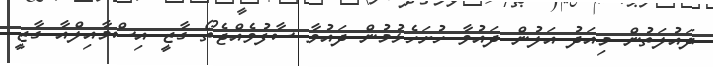
ދައުލަތުން މިއަދު އަލުން ދައުވާ ހުށަހެޅުމުން ދައުވާ ސާފުވެއްޖެތޯ ގާޒީ އިސްމާއިލްއާ ގާޒީ